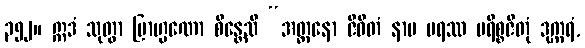
၃၅၂။ ဣဒံ သုတွာ ဗြာဟ္မဏော စိန္တေသိ “အတ္တနော ဇီဝိတံ နာမ ပရဿ ပရိစ္စဇိတုံ ဒုက္ကရံ,